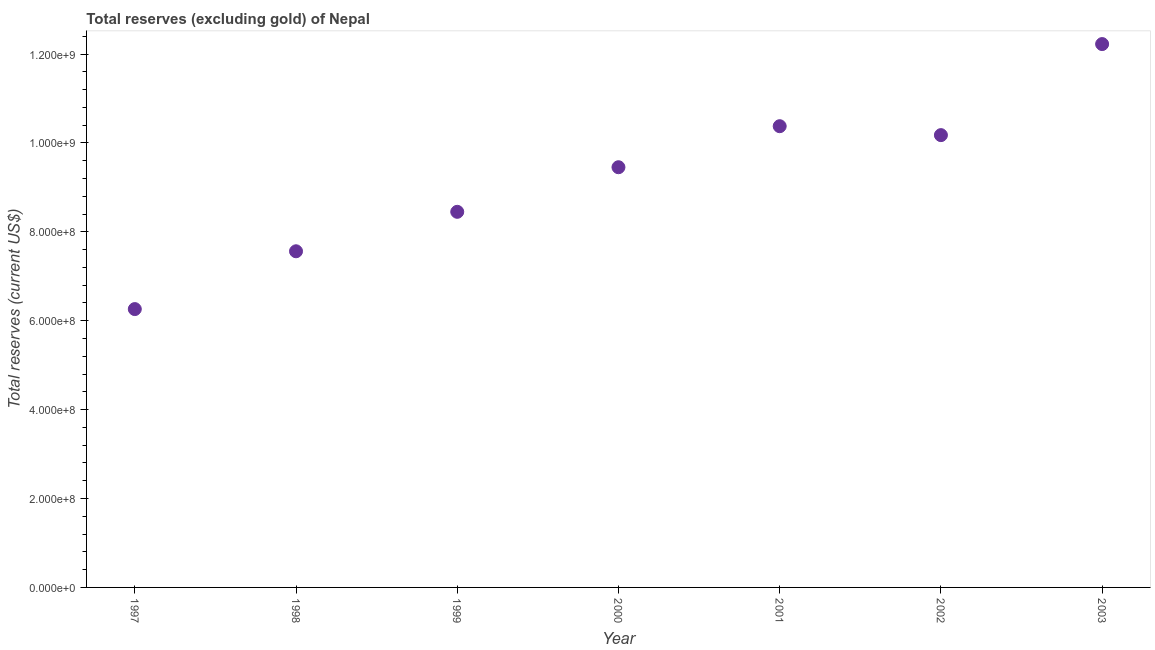
| Year | Total reserves minus gold (current US$) |
 | --- | --- |
 | 1997 | 6.26e+08 |
 | 1998 | 7.56e+08 |
 | 1999 | 8.45e+08 |
 | 2000 | 9.45e+08 |
 | 2001 | 1.04e+09 |
 | 2002 | 1.02e+09 |
 | 2003 | 1.22e+09 |